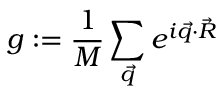
g : = \frac { 1 } { M } \sum _ { \vec { q } } e ^ { i \vec { q } \cdot \vec { R } }